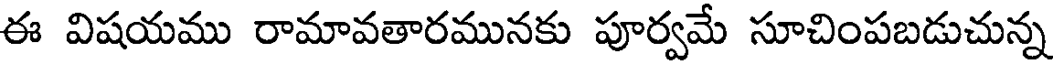
ఈ విషయము రామావతారమునకు పూర్వమే సూచింపబడుచున్న